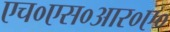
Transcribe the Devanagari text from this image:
एच०एस०आर०ए०